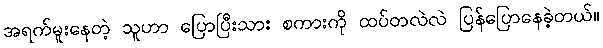
အရက်မူးနေတဲ့ သူဟာ ပြောပြီးသား စကားကို ထပ်တလဲလဲ ပြန်ပြောနေခဲ့တယ်။